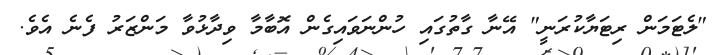
"ލެޓަމަން ރިޓަޔާކުރަނީ" އޭނާ ގާތުގައި ހުންނަވައިގެން އޮބާމާ ވިދާޅުވާ މަންޒަރު ފެނެ އެވެ.